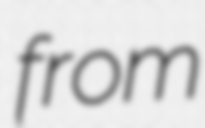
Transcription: from